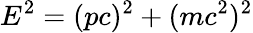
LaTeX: E^{2}=(pc)^{2}+(mc^{2})^{2}